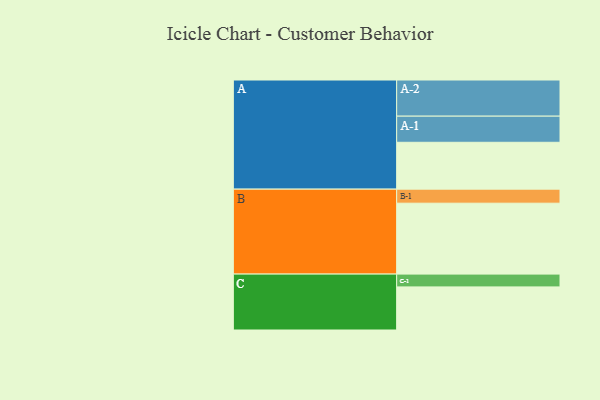
{"axis": {"x": "Segment", "y": "Value"}, "legend": ["", "A", "B", "C"], "data": [{"x": "A", "y": 337, "type": ""}, {"x": "B", "y": 510, "type": ""}, {"x": "C", "y": 310, "type": ""}, {"x": "A-1", "y": 188, "type": "A"}, {"x": "A-2", "y": 260, "type": "A"}, {"x": "B-1", "y": 101, "type": "B"}, {"x": "C-1", "y": 92, "type": "C"}]}